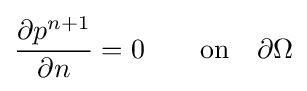
{\frac {\partial p^{n+1}}{\partial n}}=0\qquad {\text{on}}\quad \partial \Omega